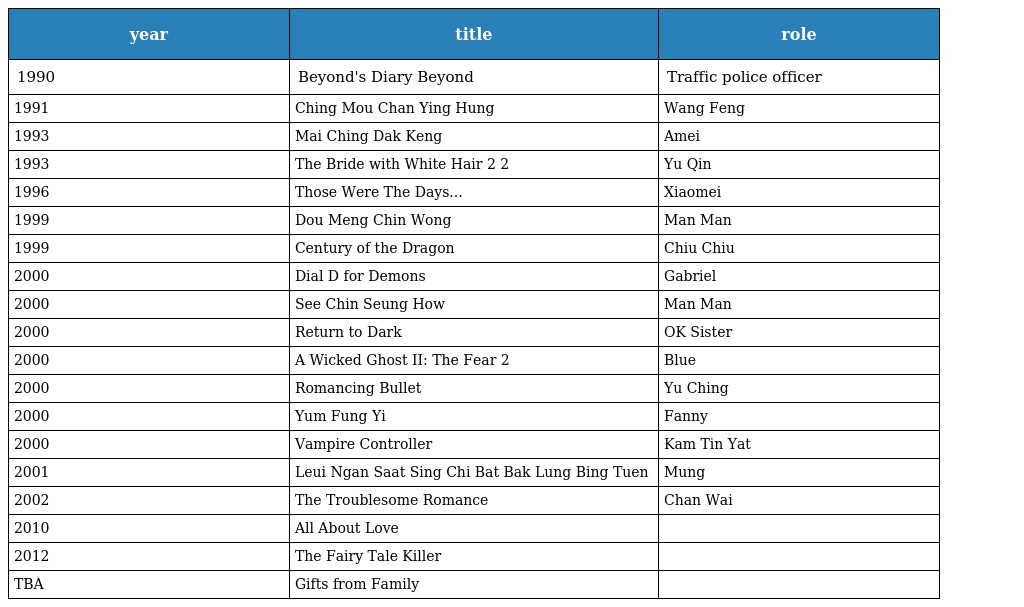
| year | title | role |
 | --- | --- | --- |
 | 1990 | Beyond's Diary Beyond日記之莫欺少年窮 | Traffic police officer |
 | 1991 | Ching Mou Chan Ying Hung 精武真英雄 | Wang Feng |
 | 1993 | Mai Ching Dak Keng 迷情特警 | Amei |
 | 1993 | The Bride with White Hair 2 白髮魔女傳2 | Yu Qin |
 | 1996 | Those Were The Days... 慈雲山十三太保 | Xiaomei |
 | 1999 | Dou Meng Chin Wong 賭命千王 | Man Man |
 | 1999 | Century of the Dragon 龍在邊緣 | Chiu Chiu |
 | 2000 | Dial D for Demons 炭燒凶咒 | Gabriel |
 | 2000 | See Chin Seung How 屍前想後 | Man Man |
 | 2000 | Return to Dark 改正歸邪 | OK Sister |
 | 2000 | A Wicked Ghost II: The Fear 山村老屍2之色之惡鬼 | Blue |
 | 2000 | Romancing Bullet 浪漫鎗聲 | Yu Ching |
 | 2000 | Yum Fung Yi 陰風耳 | Fanny |
 | 2000 | Vampire Controller 趕屍先生 | Kam Tin Yat |
 | 2001 | Leui Ngan Saat Sing Chi Bat Bak Lung Bing Tuen 淚眼殺星之八佰龍兵團 | Mung |
 | 2002 | The Troublesome Romance 麻煩三角錯 | Chan Wai |
 | 2010 | All About Love 得閒炒飯 |  |
 | 2012 | The Fairy Tale Killer 追凶 |  |
 | TBA | Gifts from Family 天生我裁 |  |